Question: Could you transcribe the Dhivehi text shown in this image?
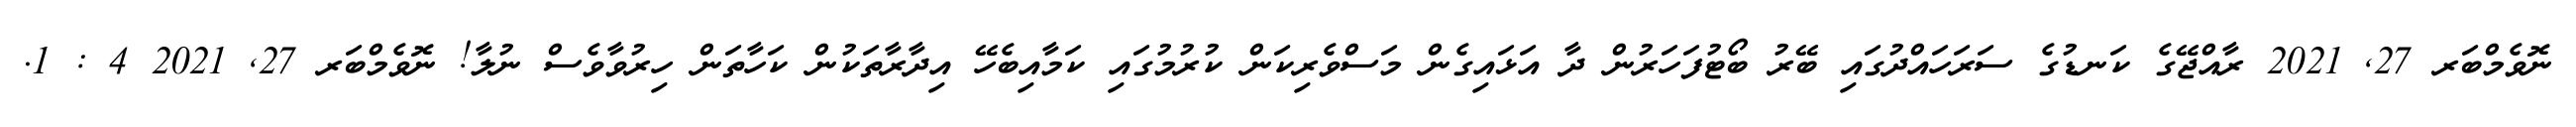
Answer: ނޮވެމްބަރ 27, 2021 ރާއްޖޭގެ ކަނޑުގެ ސަރަހައްދުގައި ބޭރު ބޯޓުފަހަރުން ދާ އަޅައިގެން މަސްވެރިކަން ކުރުމުގައި ކަމާއިބެހޭ އިދާރާތަކުން ކަހާތަން ހިރުވާވެސް ނުލާ! ނޮވެމްބަރ 27, 2021 4 : 1.